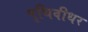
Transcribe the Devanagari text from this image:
पृथिवीधर